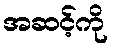
အဆင့်ကို